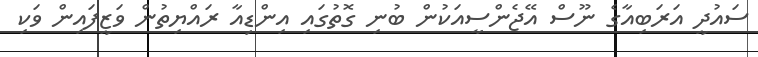
ސައުދީ އަރަބިއާގެ ނޫސް އޭޖެންސީއަކުން ބުނި ގޮތުގައި އިންޑިއާ ރައްޔިތުން ވަޒީފައިން ވަކި